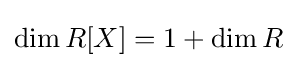
\dim R[X]=1+\dim R